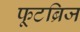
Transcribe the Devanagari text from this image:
फूटब्रिज